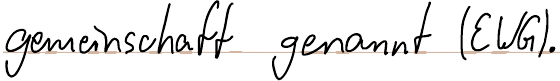
gemeinschaft genannt (EWG).